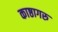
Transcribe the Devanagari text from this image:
काष्ठागरु